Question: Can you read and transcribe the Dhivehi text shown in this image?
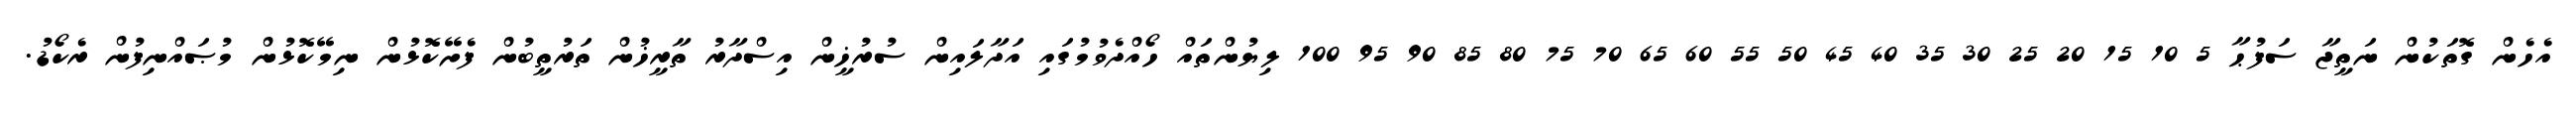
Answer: އެހެން ގޮތަކުން ނަތީޖާ ސަފުޙާ 5 10 15 20 25 30 35 40 45 50 55 60 65 70 75 80 85 90 95 100 ލިޔުންތައް ހޯއްދެވުމުގައި އަދާލައިން ސުރުޚީން އިސްދާރު ތާރީޚުން ތަރުތީބުން ފެށޭކޮޅުން ނިމޭކޮޅުން މުޞައްނިފުން ރެކޯޑު.